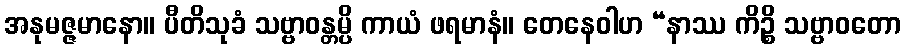
အနုမဇ္ဇမာနော။ ပီတိသုခံ သဗ္ဗာဝန္တမ္ပိ ကာယံ ဖရမာနံ။ တေနေဝါဟ “နာဿ ကိဉ္စိ သဗ္ဗာဝတော